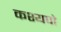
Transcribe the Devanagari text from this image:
कश्यपो